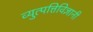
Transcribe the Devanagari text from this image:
व्युत्पत्तिविज्ञानी